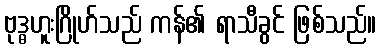
ဗုဒ္ဓဟူးဂြိုဟ်သည် ကန်၏ ရာသီခွင် ဖြစ်သည်။